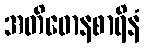
အတိဓောနစာရိနံ